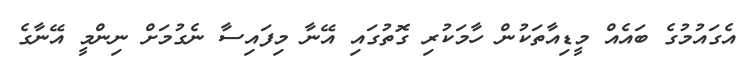
އެގައުމުގެ ބައެއް މީޑިއާތަކުން ހާމަކުރި ގޮތުގައި އޭނާ މިފައިސާ ނެގުމަށް ނިންމީ އޭނާގެ